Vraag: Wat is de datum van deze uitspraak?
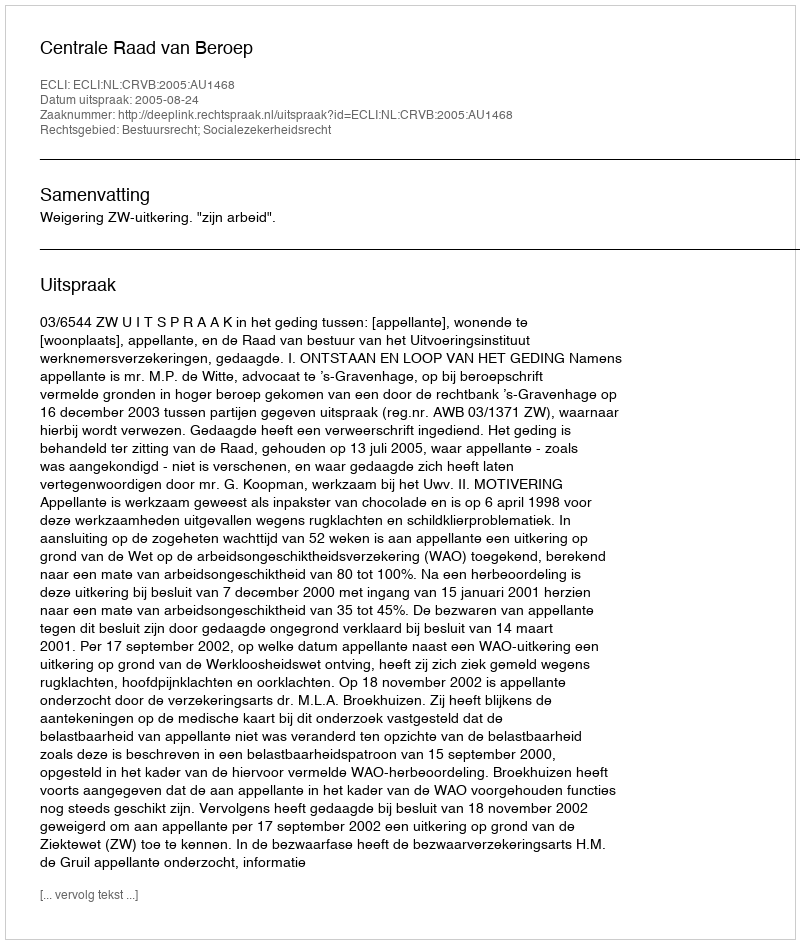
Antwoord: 2005-08-24